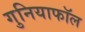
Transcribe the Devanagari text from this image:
गुनियाफॉल